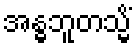
အန္ဓဘူတသ္မိံ